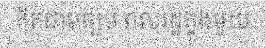
គិតជាមធ្យម ពលរដ្ឋក្នុងមួយ